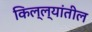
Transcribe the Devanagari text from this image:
किल्ल्यांतील